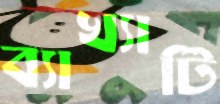
ব্যাখ্যাটি